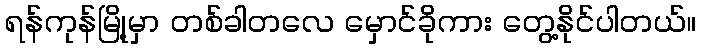
ရန်ကုန်မြို့မှာ တစ်ခါတလေ မှောင်ခိုကား တွေ့နိုင်ပါတယ်။